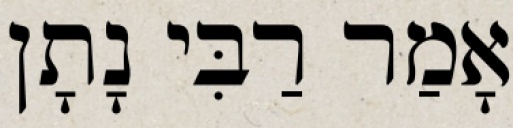
אָמַר רַבִּי נָתָן